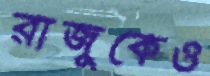
রাজুকেও